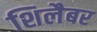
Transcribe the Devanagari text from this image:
शिलैबर